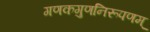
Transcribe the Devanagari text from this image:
गणकगुणनिरूपणम्